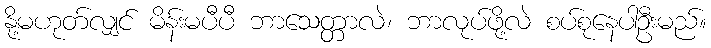
နို့မဟုတ်လျှင် မိန်းမပီပီ ဘာသေတ္တာလဲ၊ ဘာလုပ်ဖို့လဲ စပ်စုနေပါဦးမည်။